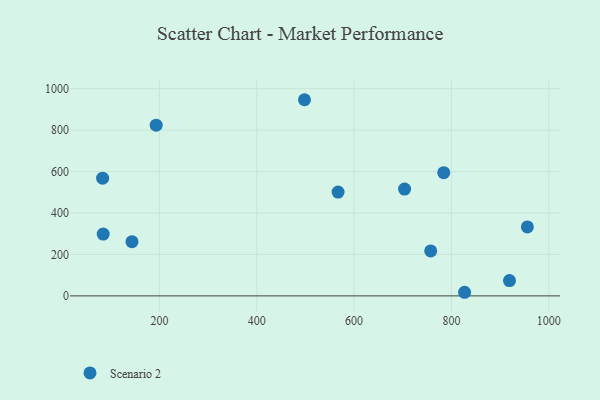
{"axis": {"x": "Study Hours", "y": "Salary"}, "legend": ["Scenario 2"], "data": [{"x": "193.4", "y": 824.0, "type": "Scenario 2"}, {"x": "757.4", "y": 217.0, "type": "Scenario 2"}, {"x": "956.0", "y": 332.7, "type": "Scenario 2"}, {"x": "567.1", "y": 500.8, "type": "Scenario 2"}, {"x": "919.2", "y": 74.1, "type": "Scenario 2"}, {"x": "703.7", "y": 515.6, "type": "Scenario 2"}, {"x": "827.0", "y": 17.4, "type": "Scenario 2"}, {"x": "84.6", "y": 298.5, "type": "Scenario 2"}, {"x": "784.2", "y": 594.5, "type": "Scenario 2"}, {"x": "498.1", "y": 946.7, "type": "Scenario 2"}, {"x": "83.4", "y": 568.3, "type": "Scenario 2"}, {"x": "143.7", "y": 261.7, "type": "Scenario 2"}]}